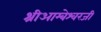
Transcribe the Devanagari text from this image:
श्रीआम्बेश्वरजी